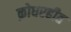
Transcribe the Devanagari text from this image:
क्रोधरहीत